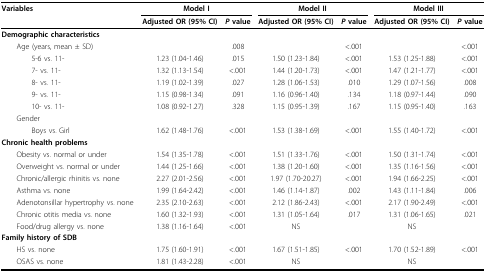
<table><thead><tr><td><b>Variables</b></td><td colspan="2"><b>Model I</b></td><td colspan="2"><b>Model II</b></td><td colspan="2"><b>Model III</b></td></tr><tr><td></td><td><b>Adjusted OR (95% CI)</b></td><td><b><i>P </i>value</b></td><td><b>Adjusted OR (95% CI)</b></td><td><b><i>P </i>value</b></td><td><b>Adjusted OR (95% CI)</b></td><td><b><i>P </i>value</b></td></tr></thead><tbody><tr><td colspan="7"><b>Demographic characteristics</b></td></tr><tr><td> Age (years, mean ± SD)</td><td></td><td>.008</td><td></td><td>&lt; .001</td><td></td><td>&lt; .001</td></tr><tr><td>5-6 vs. 11-</td><td>1.23 (1.04-1.46)</td><td>.015</td><td>1.50 (1.23-1.84)</td><td>&lt; .001</td><td>1.53 (1.25-1.88)</td><td>&lt; .001</td></tr><tr><td>7- vs. 11-</td><td>1.32 (1.13-1.54)</td><td>&lt; .001</td><td>1.44 (1.20-1.73)</td><td>&lt; .001</td><td>1.47 (1.21-1.77)</td><td>&lt; .001</td></tr><tr><td>8- vs. 11-</td><td>1.19 (1.02-1.39)</td><td>.027</td><td>1.28 (1.06-1.53)</td><td>.010</td><td>1.29 (1.07-1.56)</td><td>.008</td></tr><tr><td>9- vs. 11-</td><td>1.15 (0.98-1.34)</td><td>.091</td><td>1.16 (0.96-1.40)</td><td>.134</td><td>1.18 (0.97-1.44)</td><td>.090</td></tr><tr><td>10- vs. 11-</td><td>1.08 (0.92-1.27)</td><td>.328</td><td>1.15 (0.95-1.39)</td><td>.167</td><td>1.15 (0.95-1.40)</td><td>.163</td></tr><tr><td> Gender</td><td></td><td></td><td></td><td></td><td></td><td></td></tr><tr><td>Boys vs. Girl</td><td>1.62 (1.48-1.76)</td><td>&lt; .001</td><td>1.53 (1.38-1.69)</td><td>&lt; .001</td><td>1.55 (1.40-1.72)</td><td>&lt; .001</td></tr><tr><td colspan="7"><b>Chronic health problems</b></td></tr><tr><td> Obesity vs. normal or under</td><td>1.54 (1.35-1.78)</td><td>&lt; .001</td><td>1.51 (1.33-1.76)</td><td>&lt; .001</td><td>1.50 (1.31-1.74)</td><td>&lt; .001</td></tr><tr><td> Overweight vs. normal or under</td><td>1.44 (1.25-1.66)</td><td>&lt; .001</td><td>1.38 (1.20-1.60)</td><td>&lt; .001</td><td>1.35 (1.16-1.56)</td><td>&lt; .001</td></tr><tr><td> Chronic/allergic rhinitis vs. none</td><td>2.27 (2.01-2.56)</td><td>&lt; .001</td><td>1.97 (1.70-20.27)</td><td>&lt; .001</td><td>1.94 (1.66-2.25)</td><td>&lt; .001</td></tr><tr><td> Asthma vs. none</td><td>1.99 (1.64-2.42)</td><td>&lt; .001</td><td>1.46 (1.14-1.87)</td><td>.002</td><td>1.43 (1.11-1.84)</td><td>.006</td></tr><tr><td> Adenotonsillar hypertrophy vs. none</td><td>2.35 (2.10-2.63)</td><td>&lt; .001</td><td>2.12 (1.86-2.43)</td><td>&lt; .001</td><td>2.17 (1.90-2.49)</td><td>&lt; .001</td></tr><tr><td> Chronic otitis media vs. none</td><td>1.60 (1.32-1.93)</td><td>&lt; .001</td><td>1.31 (1.05-1.64)</td><td>.017</td><td>1.31 (1.06-1.65)</td><td>.021</td></tr><tr><td> Food/drug allergy vs. none</td><td>1.38 (1.16-1.64)</td><td>&lt; .001</td><td>NS</td><td></td><td>NS</td><td></td></tr><tr><td colspan="7"><b>Family history of SDB</b></td></tr><tr><td> HS vs. none</td><td>1.75 (1.60-1.91)</td><td>&lt; .001</td><td>1.67 (1.51-1.85)</td><td>&lt; .001</td><td>1.70 (1.52-1.89)</td><td>&lt; .001</td></tr><tr><td> OSAS vs. none</td><td>1.81 (1.43-2.28)</td><td>&lt; .001</td><td>NS</td><td></td><td>NS</td><td></td></tr></tbody></table>